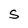
Character: S